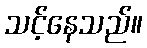
သင့်နေသည်။